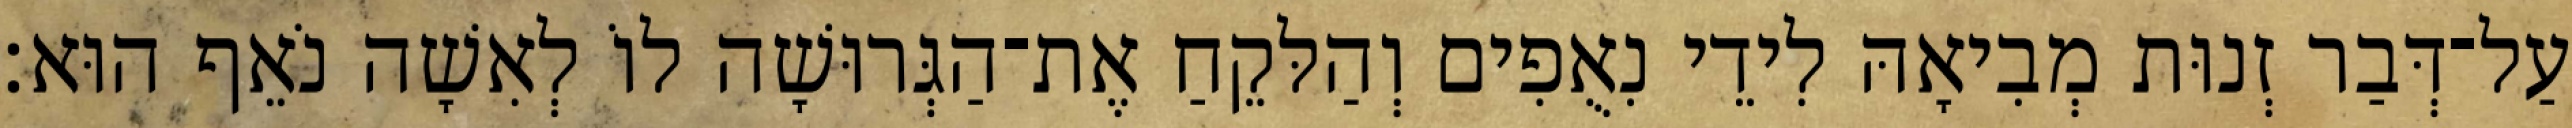
עַל־דְּבַר זְנוּת מְבִיאָהּ לִידֵי נִאֻפִים וְהַלּקֵחַ אֶת־הַגְּרוּשָׁה לוֹ לְאִשָׁה נֹאֵף הוּא׃